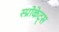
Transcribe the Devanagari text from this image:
स्प्रोकेट्स